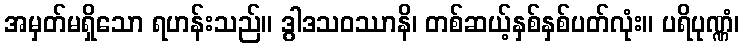
အမှတ်မရှိသော ရဟန်းသည်။ ဒွါဒသဝဿာနိ၊ တစ်ဆယ့်နှစ်နှစ်ပတ်လုံး။ ပရိပုဏ္ဏံ၊